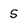
Character: 5